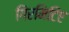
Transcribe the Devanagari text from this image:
गिरमिटिए